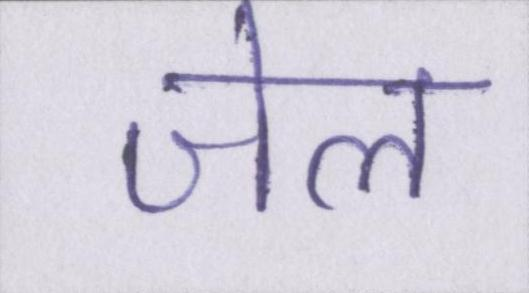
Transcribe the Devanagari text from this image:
जेल